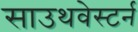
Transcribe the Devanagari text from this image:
साउथवेस्टर्न